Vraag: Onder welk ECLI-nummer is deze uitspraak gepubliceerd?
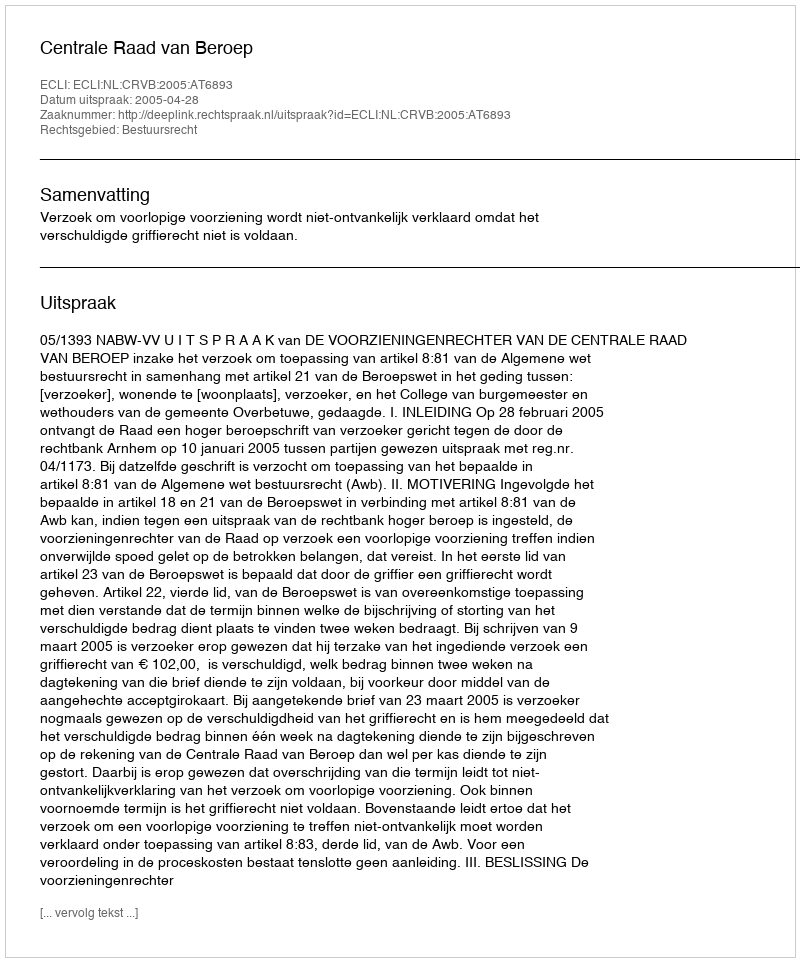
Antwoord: ECLI:NL:CRVB:2005:AT6893